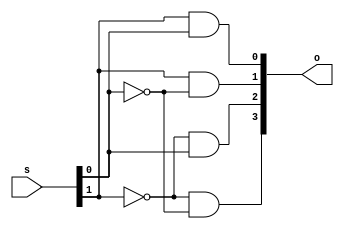
// Edward Prokopik
//
// decoder2x4.v, 2x4 decoder, gate synthesis
//


module DecoderMod(s, o); //module definition
    input  [1:0] s;
    output [0:3] o;
    
    wire [0:1] inv_s;
    
    not(inv_s[1], s[1]);
    not(inv_s[0], s[0]);

    and(o[0], inv_s[1], inv_s[0]);
    and(o[1], inv_s[1], s[0]);
    and(o[2], s[1], inv_s[0]);
    and(o[3], s[1], s[0]);
endmodule

module TestMod;    // tests DecoderMod
    reg  [0:1] s;         // s is a 1-bit flipflop
    wire [0:3] o;   // 2 additional wires
    
    DecoderMod decoder(s, o);

    initial begin
        $monitor("%0d\t%b\t%b",
            $time, s, o);
        $display("Time\ts\to");
        $display("----------------------------------------------------");
    end


    initial begin
        s = 2'b00; #1;
        s = 2'b01; #1;
        s = 2'b10; #1;
        s = 2'b11; #1;

    end
endmodule